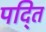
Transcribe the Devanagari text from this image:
पद्ति